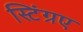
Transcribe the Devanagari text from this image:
स्टिंग्रए